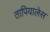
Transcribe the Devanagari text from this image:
तापियालेस